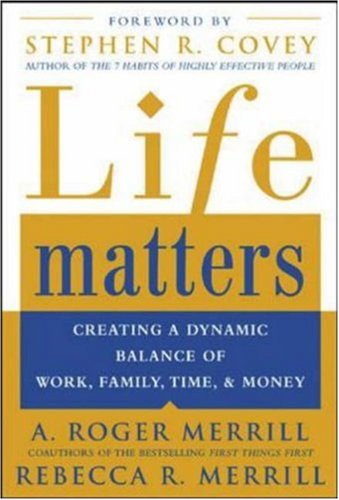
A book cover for Life Matters: Creating a dynamic balance of work, family, time, & money; A. Roger Merrill; Business & Money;